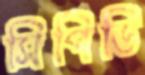
সিপিডি